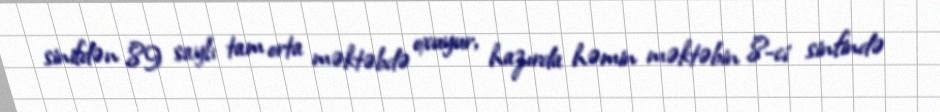
sinifdən 89 saylı tam orta məktəbdə oxuyur, hazırda həmin məktəbin 8-ci sinfində